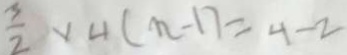
\frac { 3 } { 2 } \times 4 ( n - 1 ) = 4 - 2